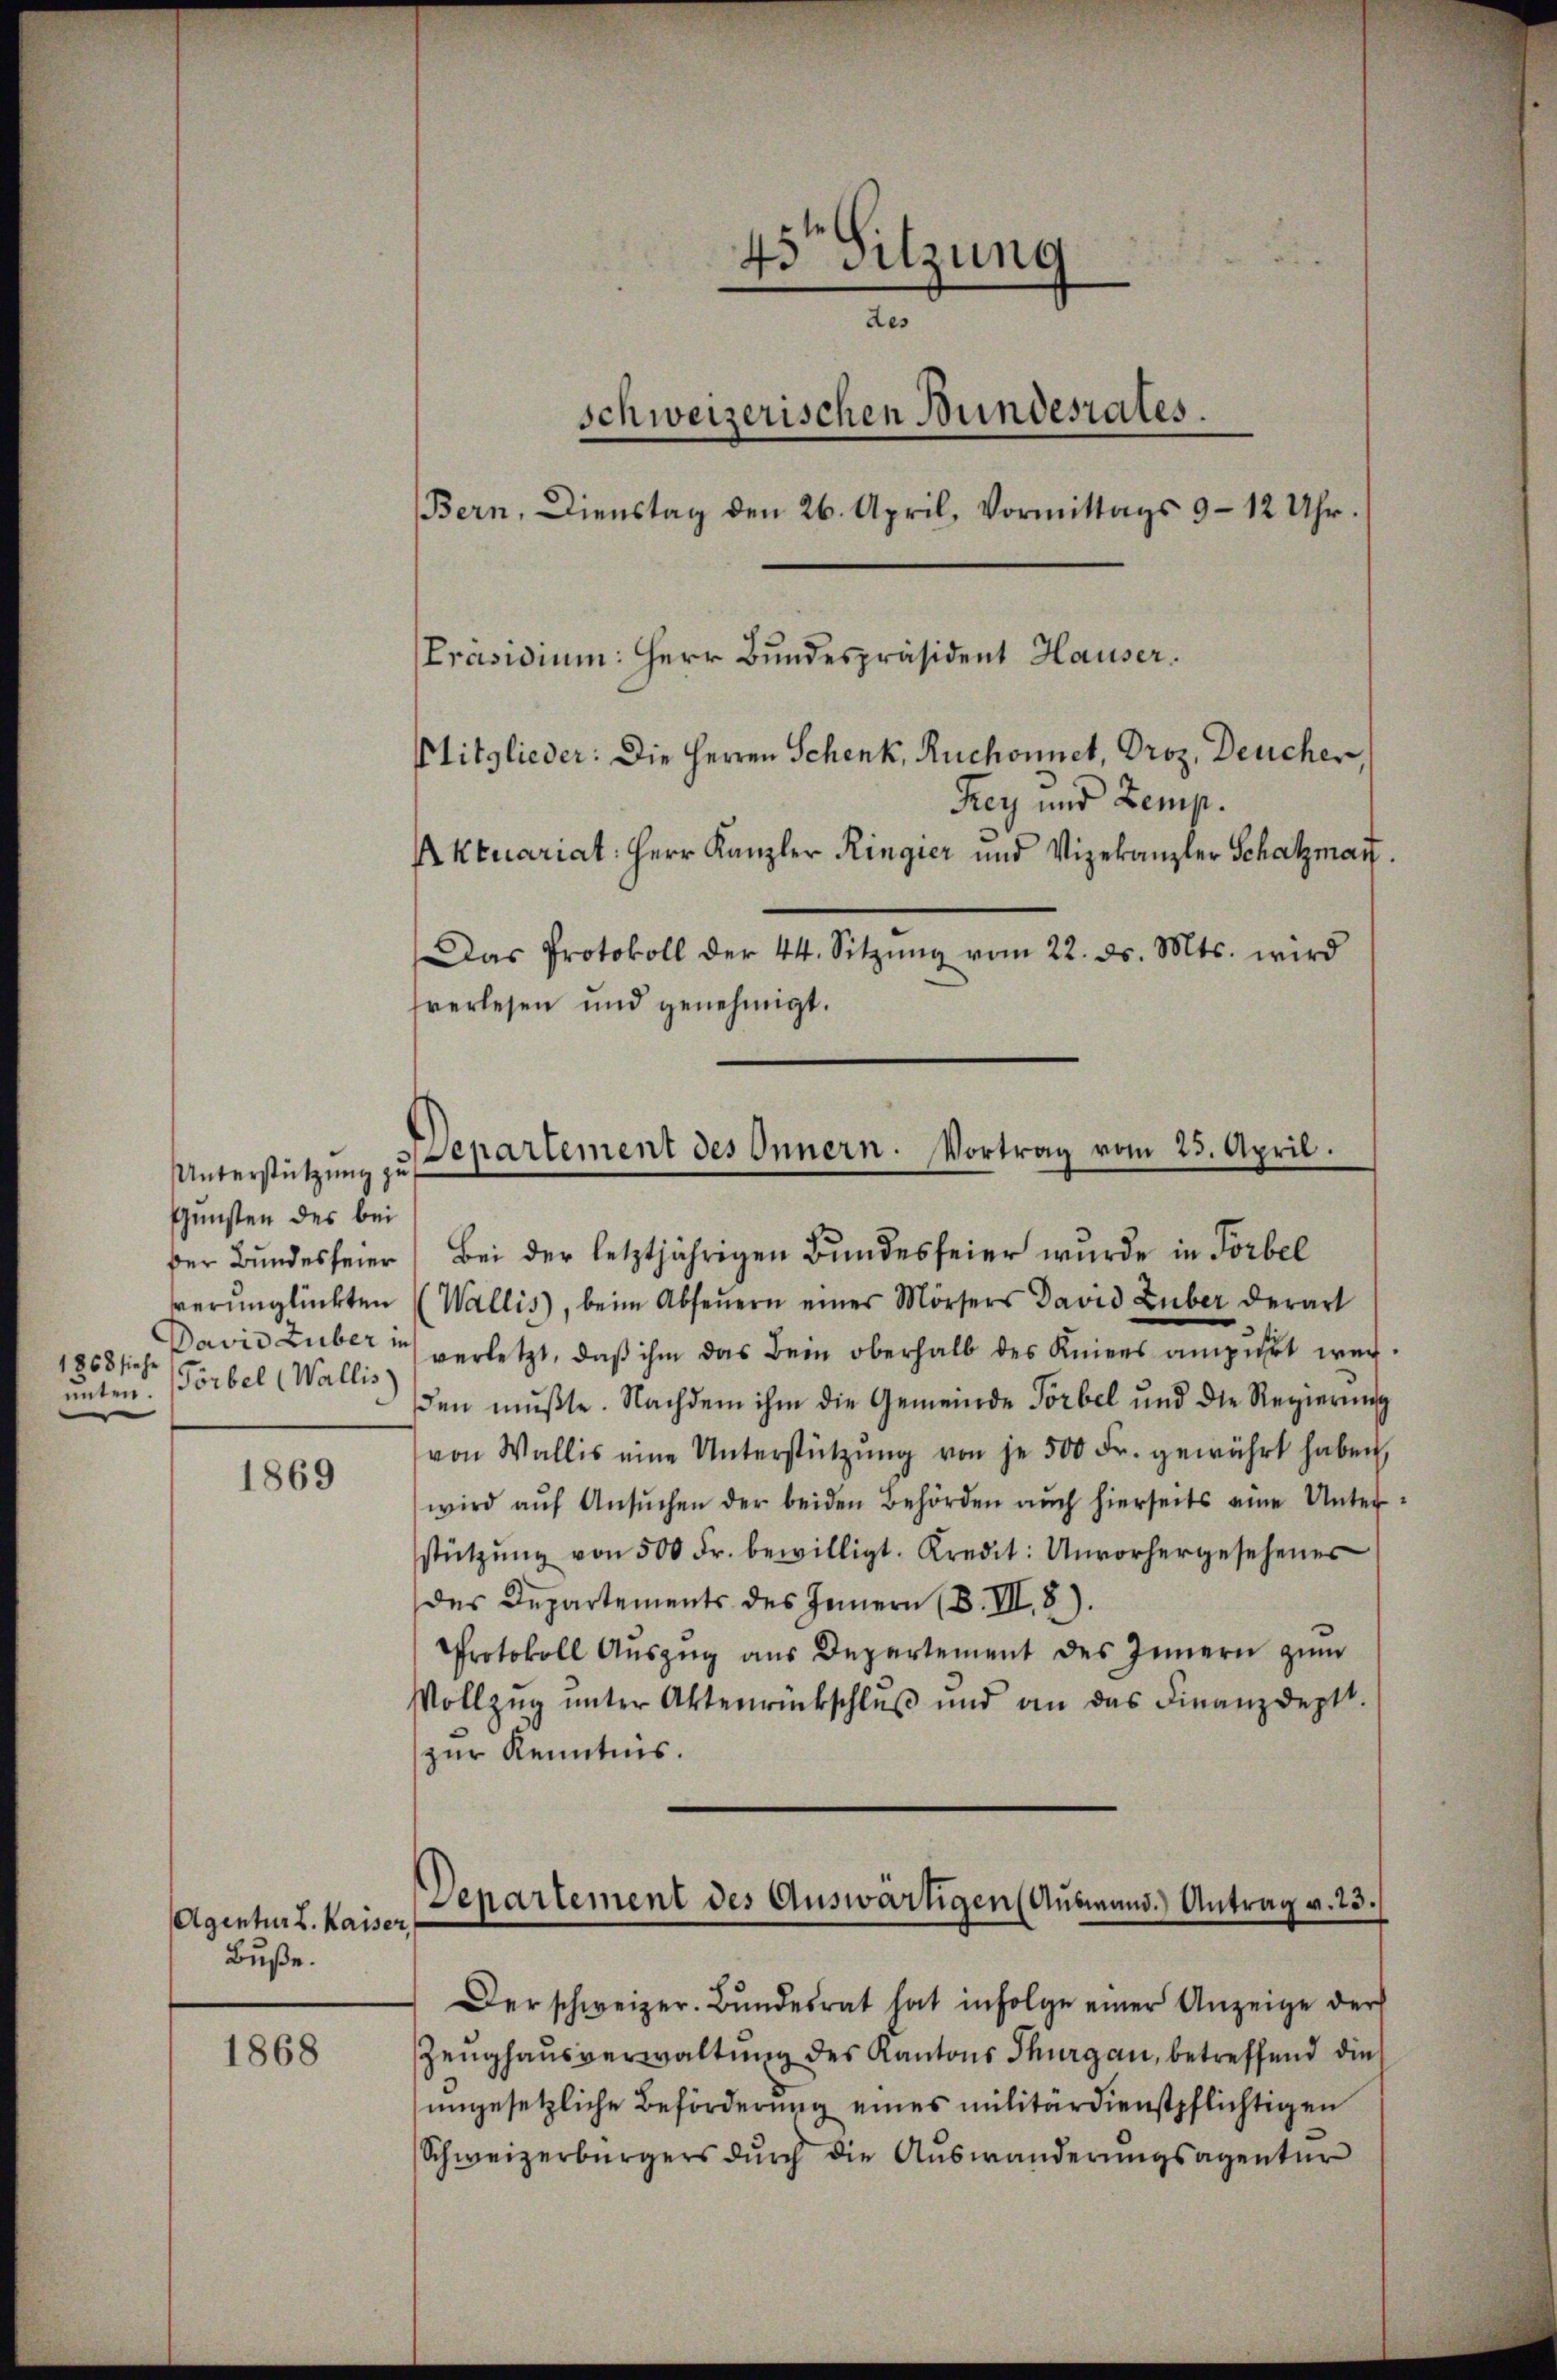
Unterstützung zu
Gunsten des bei
1868 siehe
unter. Förbel (Wallis

1869

Agentur L. Kaiser
Buße.

1868

verlesen und genehmigt.

ber Bundesfeier, Bei der letztjährigen Bundesfeier wurde in Förbel
verŭnglückten (Wallis, beim Abfeŭern einer Mörsers David Luber derart
David Luber in verletzt, daß ihm das Bein oberhalb des Kniers anführt wer
den mußte. Nachdem ihm die Gemeinde Törbel und die Regierung
von Wallis eine Unterstützŭng von je 500 Fr. gewährt haben,
wird aŭf Ansŭchen der beiden Behörden auch hierseits eine Unter
stützŭng von 500 Fr. bewilligt. Kredit: Unvorhergesehener
des Departements des Innern (B. III. 8).
Protokoll Aŭszŭg aŭs Departement des Innern zum
Vollzŭg ŭnter Aktenrückschlŭβ und an das Finanzdeptt.
zur Kenntnis.

45te Sitzung
des
schweizerischen Bundesrates.
Bern, Dienstag den 26. April, Vormittags 9–12 Uhr.
Präsidium: Herr Bundespräsident Hauser
Mitglieder: Die Herren Schenk, Ruchonnet, Droz. Deucher,
Frey und Zemp.
Aktuariat Herr Kanzler Ringier und Vizekanzler Schatzmant.
Das Protokoll der 44. Sitzung vom 22. ds. Mts. wird

Denartement des Innern. Vortrag vom 23. April.

Departement des Auswärtigen (Ausmand.) Antrag v. 23.

Der schweizer. Bŭndesrat hat infolge einer Anzeige der
Zeughausverwaltung des Kantons Thurgau, betreffend die
ungesetzliche Beförderung eines militärdienstpflichtigen
Schweizerbürgers durch die Auswanderungsagentur